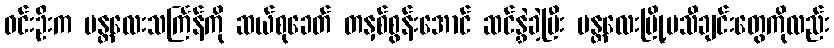
ဝင်းဦးက မန္တလေးသင်္ကြန်ကို ဆယ်စုခေတ် တနှစ်စွန်းအောင် ဆင်နွှဲခဲ့ပြီး မန္တလေးမြို့မသီချင်းတွေကိုလည်း